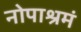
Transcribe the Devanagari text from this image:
नोपाश्रमं